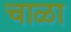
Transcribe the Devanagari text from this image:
चाळा